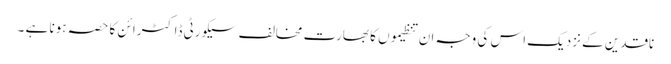
ناقدین کے نزدیک اس کی وجہ ان تنظیموں کا بھارت مخالف سیکورٹی ڈاکٹرائن کا حصہ ہونا ہے ۔